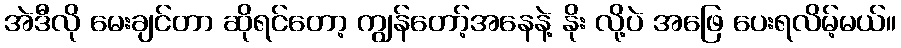
အဲဒီလို မေးချင်တာ ဆိုရင်တော့ ကျွန်တော့်အနေနဲ့ နိုး လို့ပဲ အဖြေ ပေးရလိမ့်မယ်။